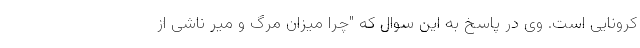
کرونایی است. وی در پاسخ به این سوال که "چرا میزان مرگ و میر ناشی از